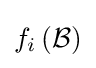
f_{i}\left({\mathcal {B}}\right)